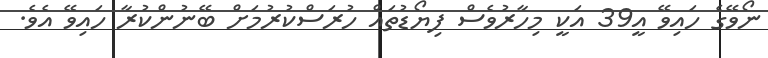
ނޯވޭގެ ހައިވޭ އީ39 އަކީ މިހާރުވެސް ފިޔޯޑުތައް ހުރަސްކުރުމަށް ބޭނުންކުރާ ހައިވޭ އެވެ.